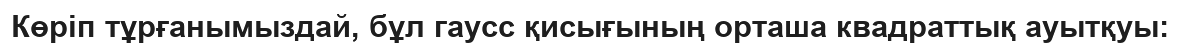
Көріп тұрғанымыздай, бұл гаусс қисығының орташа квадраттық ауытқуы: